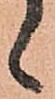
候